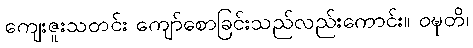
ကျေးဇူးသတင်း ကျော်စောခြင်းသည်လည်းကောင်း။ ဝဍ္ဎတိ၊